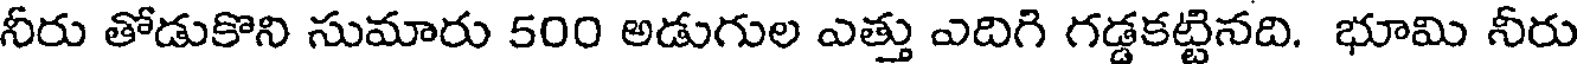
నీరు తోడుకొని సుమారు 500 అడుగుల ఎత్తు ఎదిగి గడ్డకట్టినది. భూమి నీరు